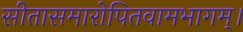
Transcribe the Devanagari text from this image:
सीतासमारोपितवामभागम्।